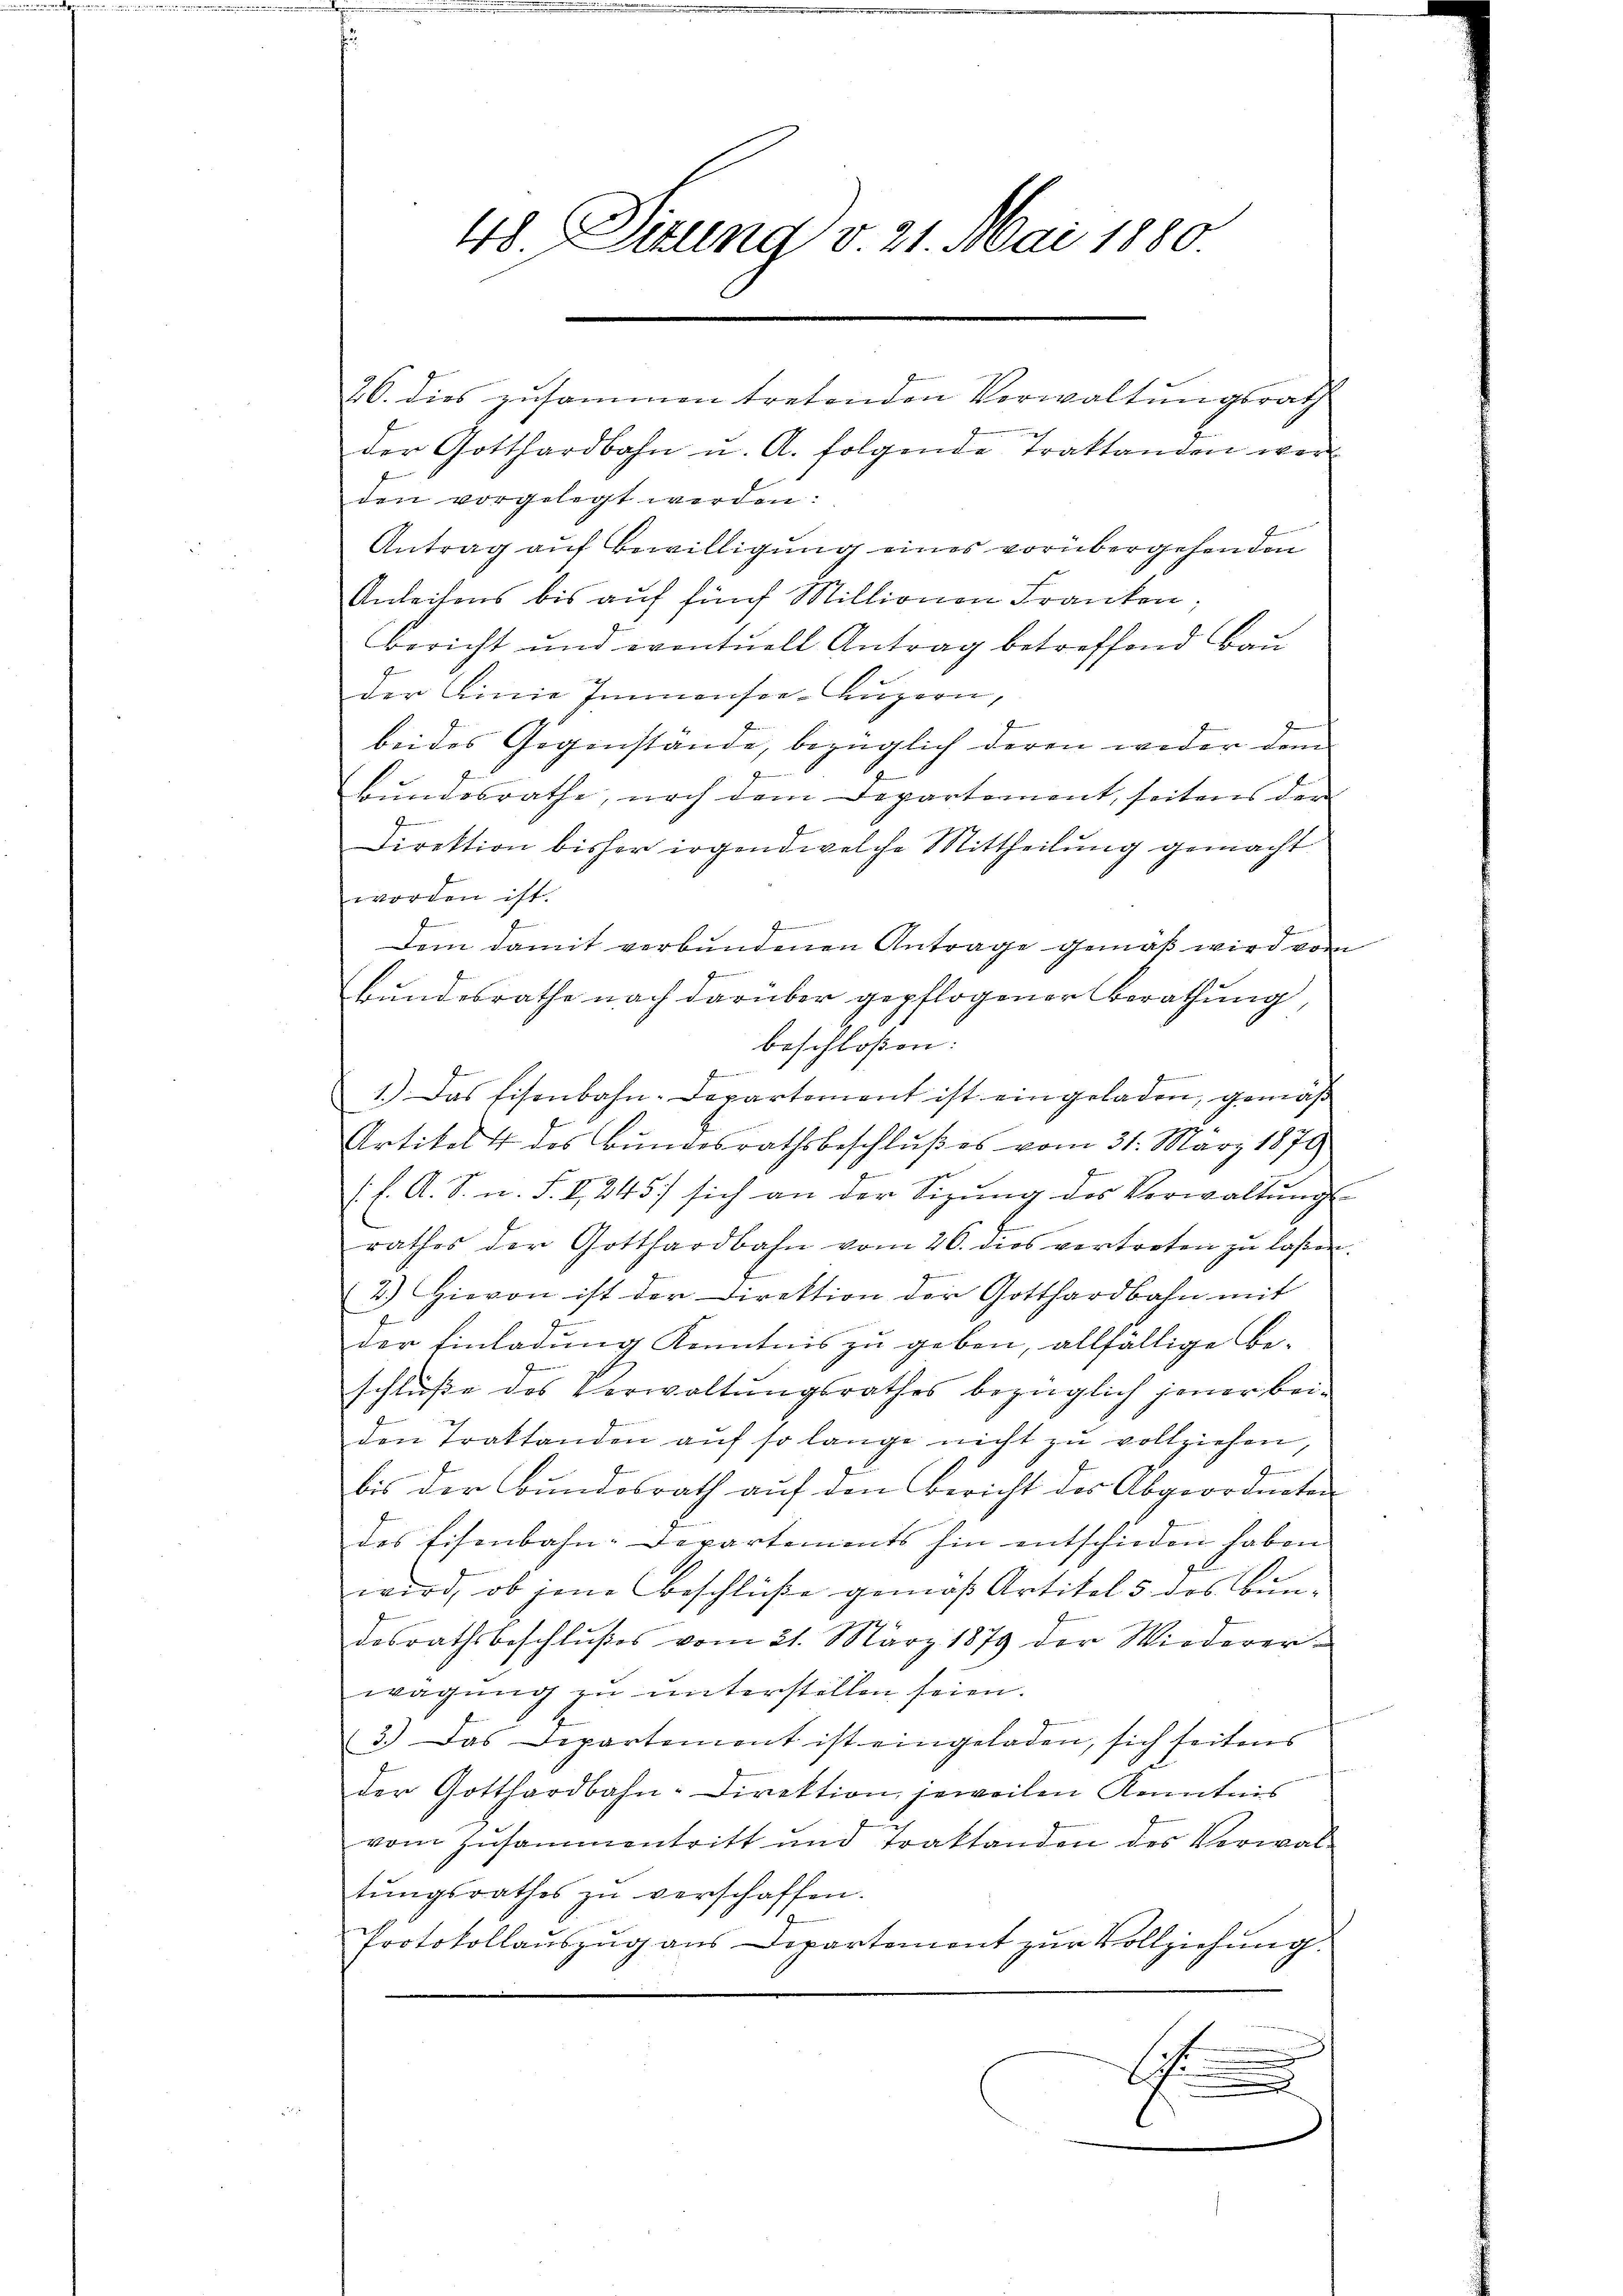
48 Situng v. 21. Mai 1880

26. dies zusammen tretenden Verwaltungsrath
der Gotthardbahn u. A. folgende Traktanden wer
den vorgelegt werden:
Antrag auf Bewilligung eines vorübergehenden
Anleitens bis auf fünf Millionen Franken.
Bericht und eventuell Antrag betreffend Bau
der Linie Immensee-Luzern,
f
bei des Gegenstände, bezüglich deren weder dem
J
Bundesrathe, nach dem Departement, seitens der
Direktion bisher irgend welche Mittheilung gemacht
worden ist.

Dem damit verbundenen Antrage gemäß wird von

Bundesrathe nach darüber gepflogener Berathung,
beschloßen:
1.) Das Eisenbahn-Departement ist eingeladen, gemäß
Artikel 4 des Bundesrathsbeschlŭβ es vom 31. März 1879
(. f. A. S. n. F. I 245/ sich an der Sizung des Verwaltungs-
rathes der Gotthardbahn vom 26. dies vertreten zu laßen.
2.) Hievon ist der Direktion der Gotthardbahn mit
der Einladung Kenntnis zu geben, allfällige Be-
schluße des Verwaltungsrathes bezüglich jener bei-
den Traktanden auf so lange nicht zu vollziehen,
G
bis der Bundesrath auf den Bericht der Abgeordneten
des Eisenbahn-Departements hin entschieden haben
wird, ob jene Beschlüße gemäß Artikel 5 des Bundesrathsbeschlŭβes vom 21. März 1879 der Wiederer-
wagung zu unterstellen seien.
3.) Das Departement ist eingeladen, sich seitens
der Gotthardbahn-Direktion jeweilen Kenntnis
vom Zusammentritt und Traktanden des Verwaltŭngsrathes zŭ verschaffen.
Protokollauszug aus Departement zur Vollziehung.
.

e